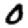
Digit: 0